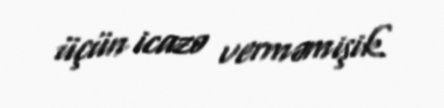
üçün icazə verməmişik.